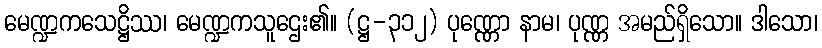
မေဏ္ဍကသေဋ္ဌိဿ၊ မေဏ္ဍကသူဌေး၏။ (ဋ္ဌ-၃၁၂) ပုဏ္ဏော နာမ၊ ပုဏ္ဏ အမည်ရှိသော။ ဒါသော၊